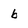
Character: b